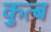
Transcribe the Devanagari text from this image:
कुत्ब